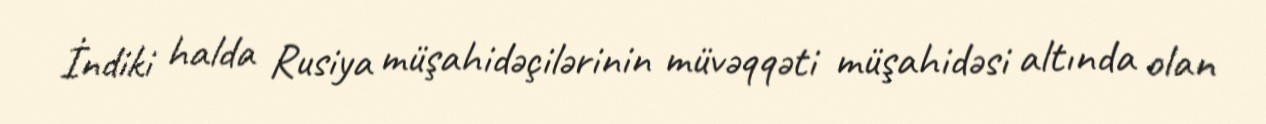
İndiki halda Rusiya müşahidəçilərinin müvəqqəti müşahidəsi altında olan